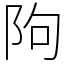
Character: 䧁